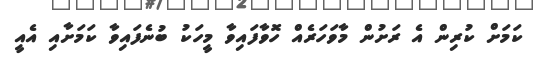
ކަމަށް ކުރިން އެ ރަށުން މާވަހަރެއް ހޮވާފައިވާ މީހަކު ބުނެފައިވާ ކަމަށާއި އެއީ